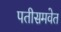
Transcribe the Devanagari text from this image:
पतीसमवेत